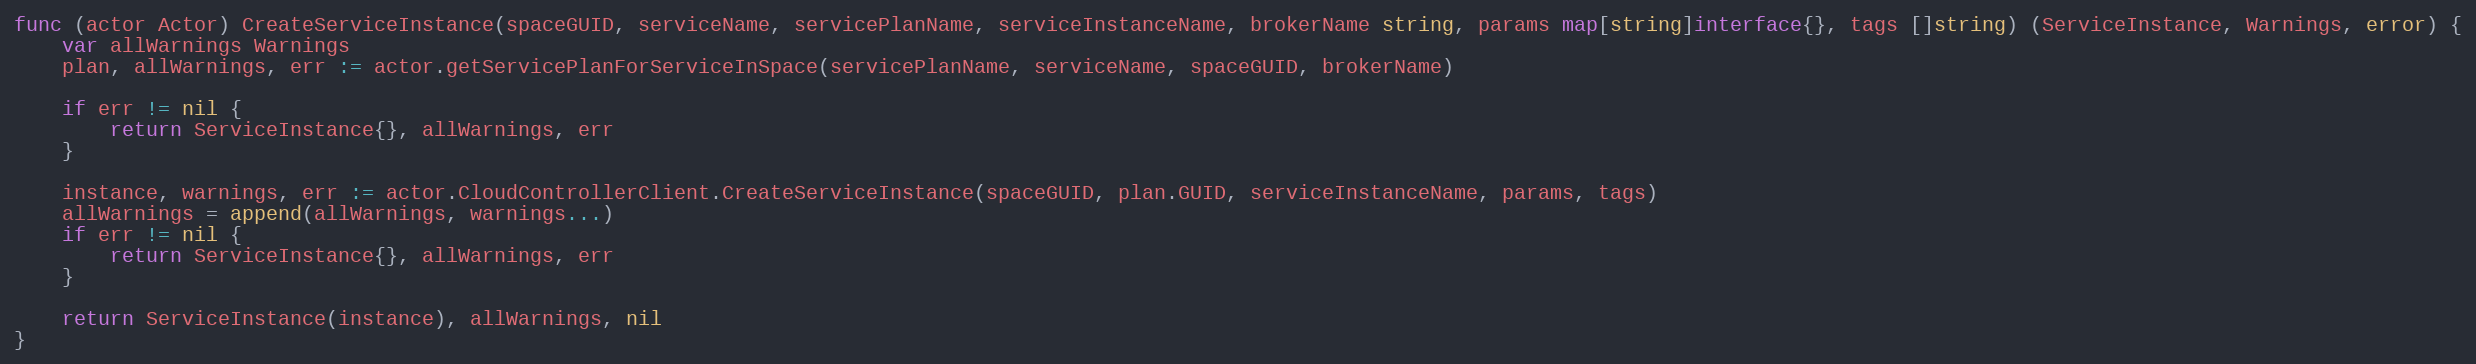
Language: Go
func (actor Actor) CreateServiceInstance(spaceGUID, serviceName, servicePlanName, serviceInstanceName, brokerName string, params map[string]interface{}, tags []string) (ServiceInstance, Warnings, error) {
	var allWarnings Warnings
	plan, allWarnings, err := actor.getServicePlanForServiceInSpace(servicePlanName, serviceName, spaceGUID, brokerName)

	if err != nil {
		return ServiceInstance{}, allWarnings, err
	}

	instance, warnings, err := actor.CloudControllerClient.CreateServiceInstance(spaceGUID, plan.GUID, serviceInstanceName, params, tags)
	allWarnings = append(allWarnings, warnings...)
	if err != nil {
		return ServiceInstance{}, allWarnings, err
	}

	return ServiceInstance(instance), allWarnings, nil
}